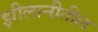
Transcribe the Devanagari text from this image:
झीलानीतील